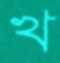
খ